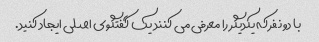
با دو نفر که یکدیگر را معرفی می کنند یک گفتگوی اصلی ایجاد کنید.